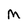
Character: M